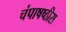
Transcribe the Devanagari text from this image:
चंपाषष्ठीस